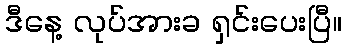
ဒီနေ့ လုပ်အားခ ရှင်းပေးပြီ။